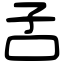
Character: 𡥄